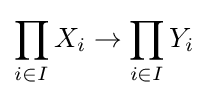
\prod _{i\in I}X_{i}\to \prod _{i\in I}Y_{i}